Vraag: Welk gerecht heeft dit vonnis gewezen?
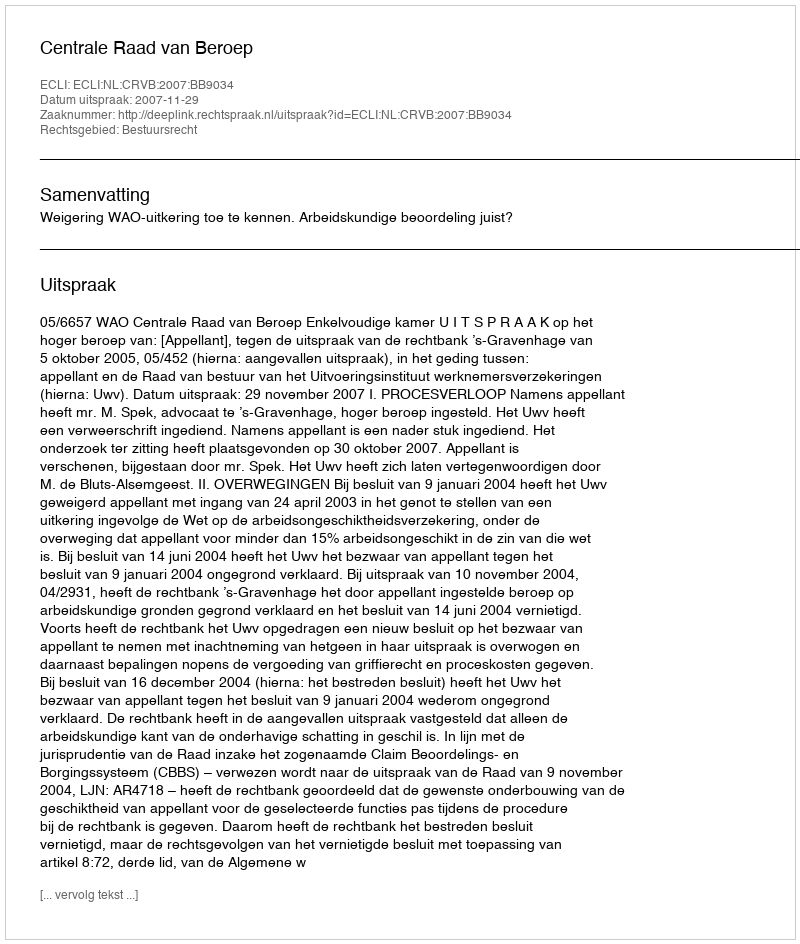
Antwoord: Centrale Raad van Beroep